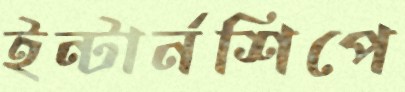
ইন্টার্নশিপে